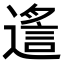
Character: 𨖈